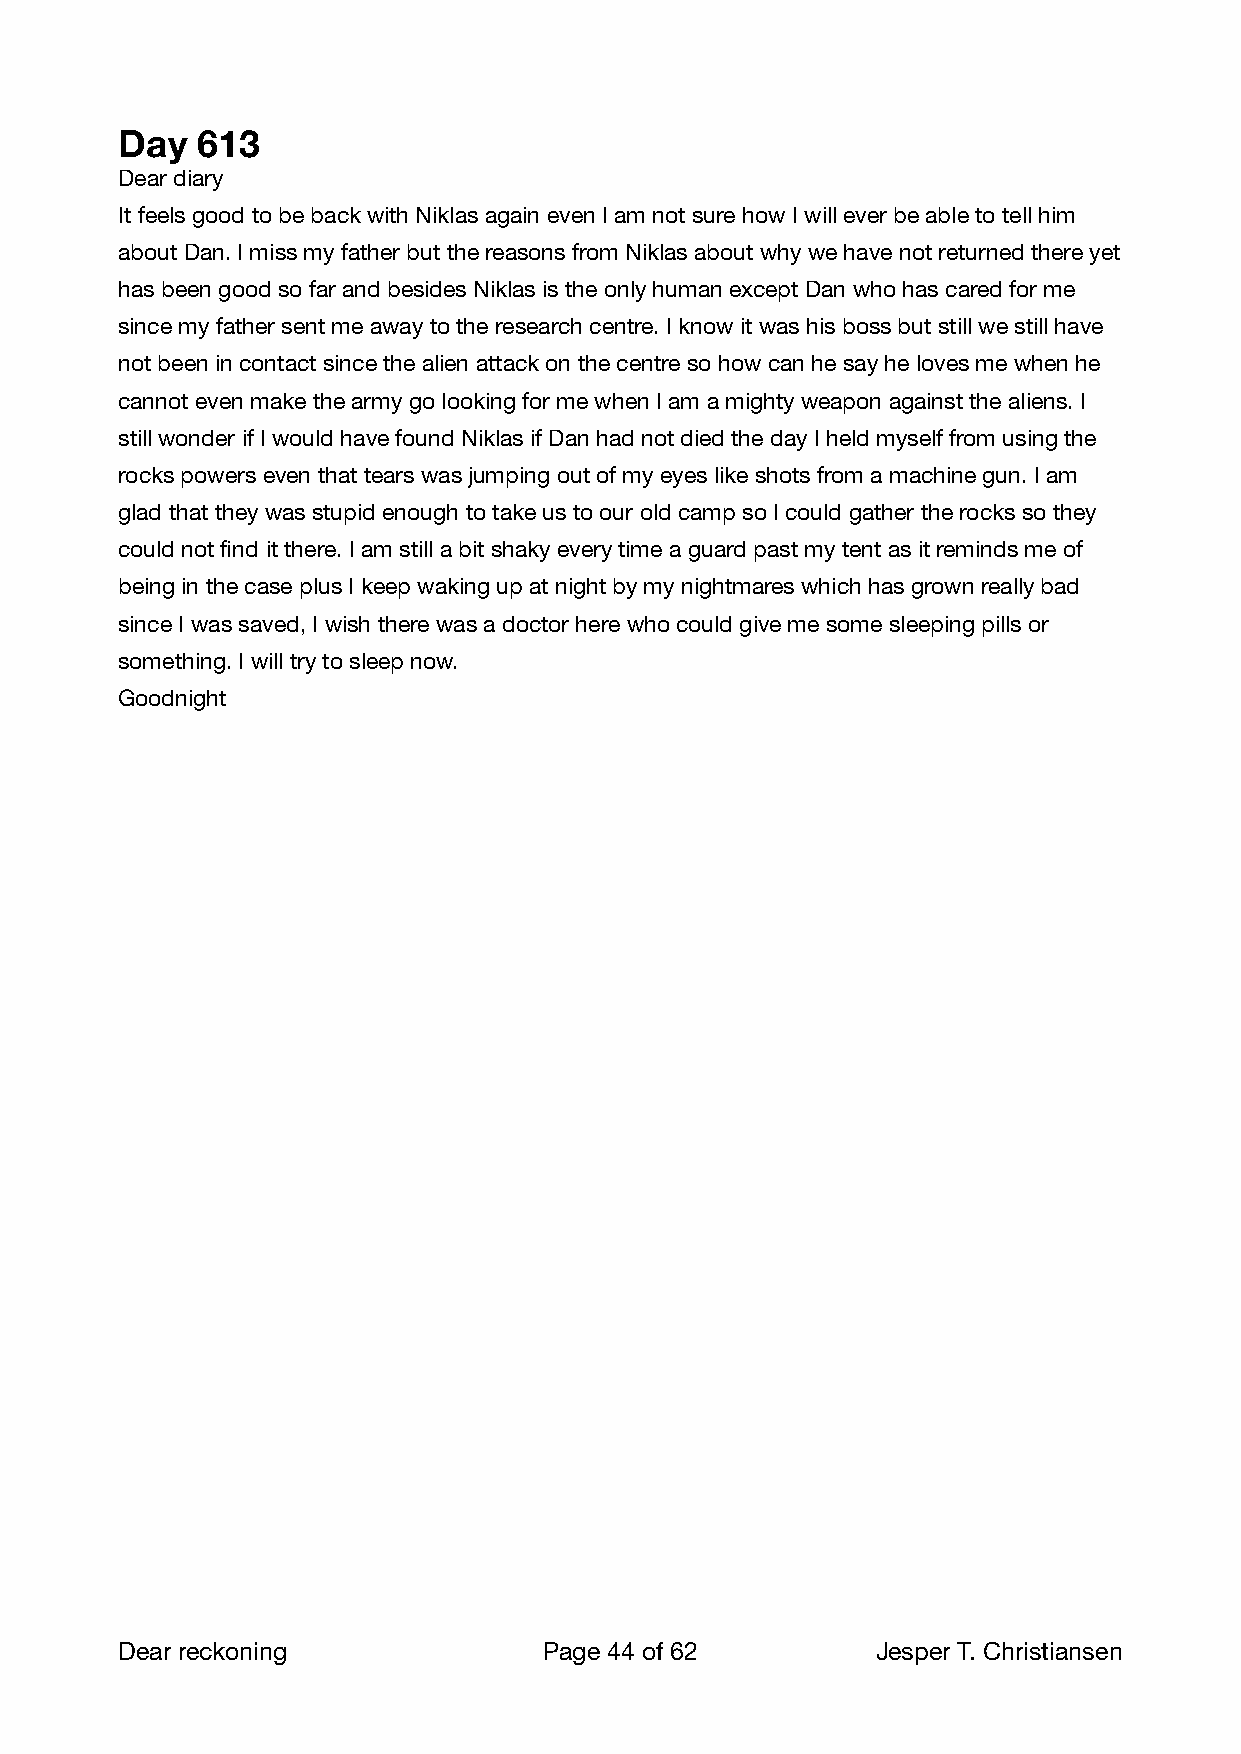
Day  613
 Dear diary
 It feels good to be back with Niklas again even I am not sure how I will ever be able to tell him
 about Dan. I miss my father but the reasons from Niklas about why we have not returned there yet
 has been good so far and besides Niklas is the only human except Dan who has cared for me
 since my father sent me away to the research centre. I know it was his boss but still we still have
 not been in contact since the alien attack on the centre so how can he say he loves me when he
 cannot even make the army go looking for me when I am a mighty weapon against the aliens. I
 still wonder if I would have found Niklas if Dan had not died the day I held myself from using the
 rocks powers even that tears was jumping out of my eyes like shots from a machine gun. I am
 glad that they was stupid enough to take us to our old camp so I could gather the rocks so they
 could not find it there. I am still a bit shaky every time a guard past my tent as it reminds me of
 being in the case plus I keep waking up at night by my nightmares which has grown really bad
 since I was saved, I wish there was a doctor here who could give me some sleeping pills or
 something. I will try to sleep now.
 Goodnight
 Dear reckoning              Page 44 of 62        Jesper T. Christiansen